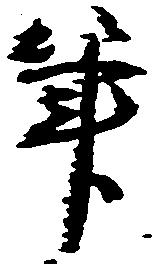
筆